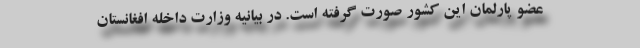
عضو پارلمان این کشور صورت گرفته است. در بیانیه وزارت داخله افغانستان